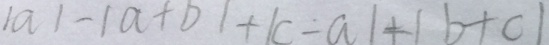
\vert a \vert - \vert a + b \vert + \vert c - a \vert + \vert b + c \vert